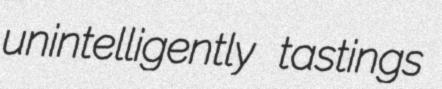
unintelligently tastings